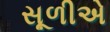
સૂળીએ